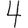
Digit: 4